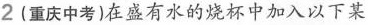
2 （重庆中考）在盛有水的烧杯中加入以下某